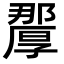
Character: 𭆗